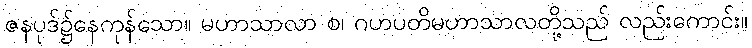
ဇနပုဒ်၌နေကုန်သော။ မဟာသာလာ စ၊ ဂဟပတိမဟာသာလတို့သည် လည်းကောင်း။